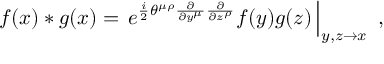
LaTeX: f ( x ) \ast g ( x ) = \left. e ^ { \frac { i } { 2 } \theta ^ { \mu \rho } \frac { \partial } { \partial y ^ { \mu } } \frac { \partial } { \partial z ^ { \rho } } } f ( y ) g ( z ) \, \right| _ { y , z \to x } ~ ,